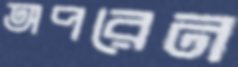
অপরেন